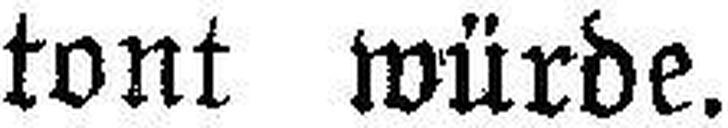
tont würde.